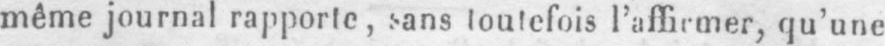
qu’une